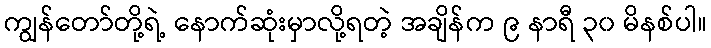
ကျွန်တော်တို့ရဲ့ နောက်ဆုံးမှာလို့ရတဲ့ အချိန်က ၉ နာရီ ၃၀ မိနစ်ပါ။